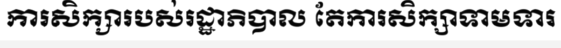
ការសិក្សារបស់រដ្ឋាភិបាល តែការសិក្សាទាមទារ